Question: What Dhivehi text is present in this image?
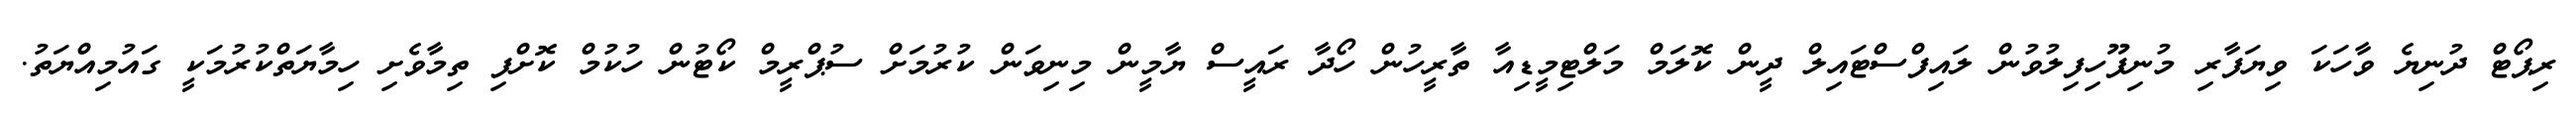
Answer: ރިޕޯޓް ދުނިޔެ ވާހަކަ ވިޔަފާރި މުނިފޫހިފިލުވުން ލައިފްސްޓައިލް ދީން ކޮލަމް މަލްޓިމީޑިއާ ތާރީހުން ހޯދާ ރައީސް ޔާމީން މިނިވަން ކުރުމަށް ސުޕްރީމް ކޯޓުން ހުކުމް ކޮށްފި ތިމާވެށި ހިމާޔަތްކުރުމަކީ ގައުމިއްޔަތު.